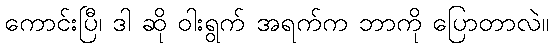
ကောင်းပြီ၊ ဒါ ဆို ဝါးရွက် အရက်က ဘာကို ပြောတာလဲ။